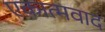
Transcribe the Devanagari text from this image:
एकात्मवाद